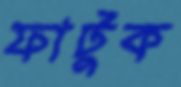
ফাটুক